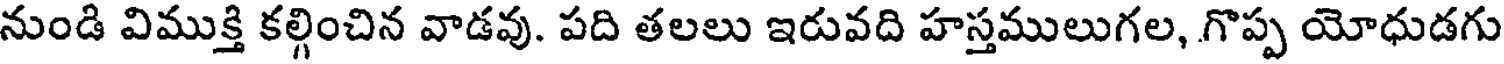
నుండి విముక్తి కల్గించిన వాడవు. పది తలలు ఇరువది హస్తములుగల, గొప్ప యోధుడగు